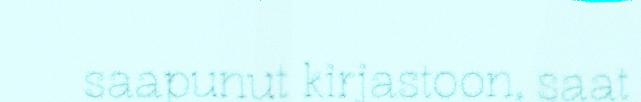
saapunut kirjastoon, saat